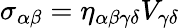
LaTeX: \sigma_{\alpha\beta}=\eta_{\alpha\beta\gamma\delta}V_{\gamma\delta}